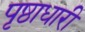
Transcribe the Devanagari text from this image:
पृष्ठाधारी